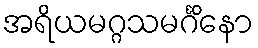
အရိယမဂ္ဂသမင်္ဂိနော